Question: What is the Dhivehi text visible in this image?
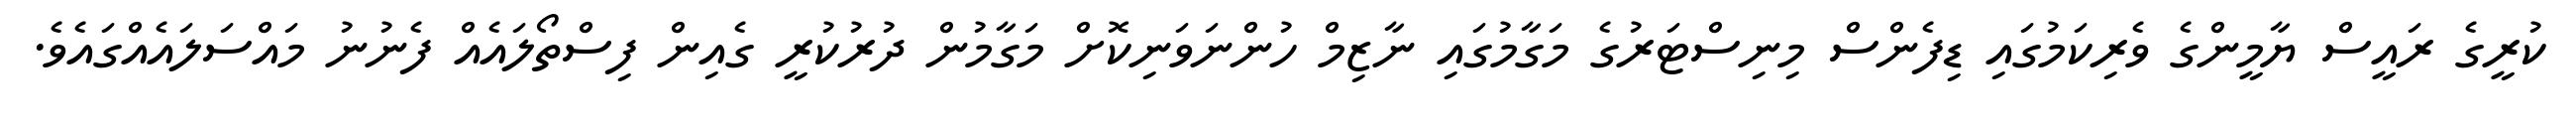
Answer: ކުރީގެ ރައީސް ޔާމީންގެ ވެރިކަމުގައި ޑިފެންސް މިނިސްޓަރުގެ މަގާމުގައި ނާޒިމް ހުންނަވަނިކޮށް މަގާމުން ދުރުކުރީ ގެއިން ފިސްތޯލައެއް ފެނުނު މައްސަލައެއްގައެވެ.